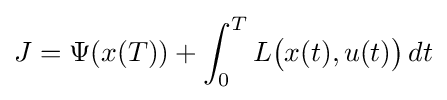
J=\Psi (x(T))+\int _{0}^{T}L{\big (}x(t),u(t){\big )}\,dt